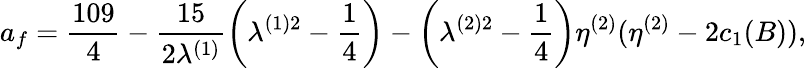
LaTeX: a_{f}=\frac{109}{4}-\frac{15}{2\lambda^{(1)}}\left(\lambda^{(1)2}-\frac{1}{4}\right)-\left(\lambda^{(2)2}-\frac{1}{4}\right)\eta^{(2)}(\eta^{(2)}-2c_{1}(B)),